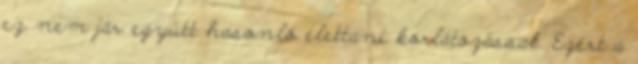
ez nem jár együtt hasonló élettani korlátozással. Ezért a